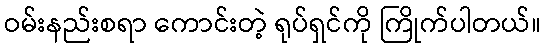
ဝမ်းနည်းစရာ ကောင်းတဲ့ ရုပ်ရှင်ကို ကြိုက်ပါတယ်။